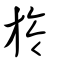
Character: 旍